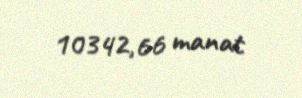
10342,66 manat